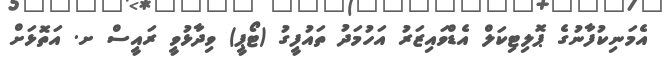
އެމަނިކުފާނުގެ ޕޮލިޓިކަލް އެޑްވައިޒަރު އަހުމަދު ތައުފީގު (ޓޯޕީ) ވިދާޅުވީ ރައީސް ށ. އަތޮޅަށް